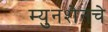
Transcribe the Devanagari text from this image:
म्युनशेनचे